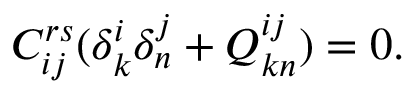
C _ { i j } ^ { r s } ( \delta _ { k } ^ { i } \delta _ { n } ^ { j } + Q _ { k n } ^ { i j } ) = 0 .